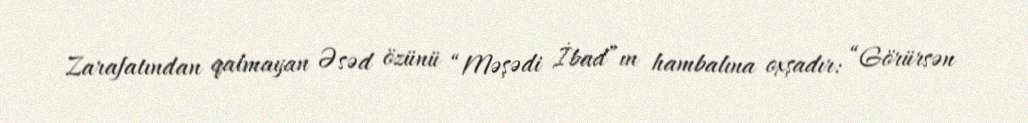
Zarafatından qalmayan Əsəd özünü “Məşədi İbad”ın hambalına oxşadır: “Görürsən